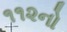
૧૧૨નો